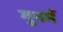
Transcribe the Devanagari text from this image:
गुनमैं